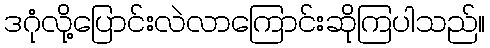
ဒဂုံလို့ပြောင်းလဲလာကြောင်းဆိုကြပါသည်။